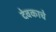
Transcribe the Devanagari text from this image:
देवकाचे